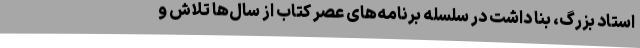
استاد بزرگ، بنا داشت در سلسله برنامه‌های عصر کتاب از سال‌ها تلاش و